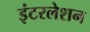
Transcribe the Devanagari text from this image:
इंटरलेशन